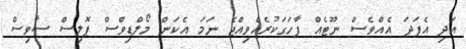
އަދި އެފަދަ އެއްވެސް ނޫޓެއް ފާހަގަކުރެއްވިއްޖެ ނަމަ އެކަން މޯލްޑިވްސް ޕޮލިސް ސާވިސް